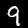
Digit: 9